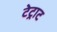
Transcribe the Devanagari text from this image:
टेट्राट